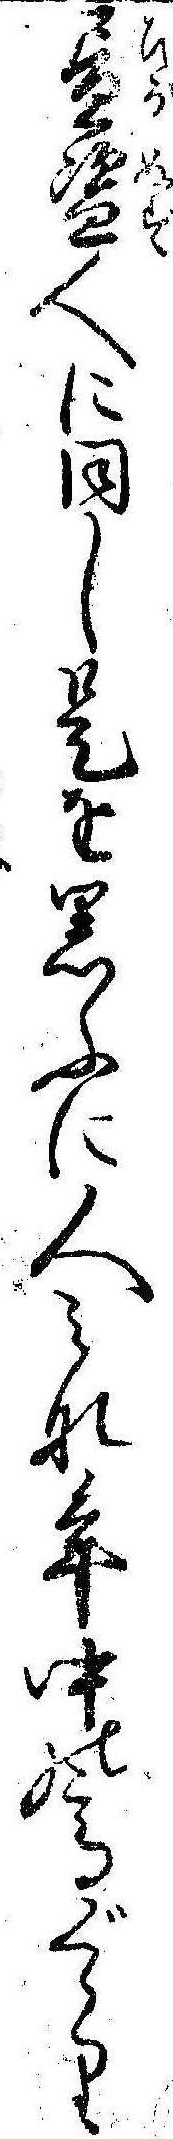
昼盗人に同じ是を思ふに人みな年中の高ぐゝり